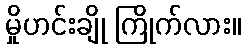
မှိုဟင်းချို ကြိုက်လား။